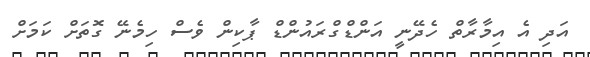
އަދި އެ އިމާރާތް ހެދޭނީ އަންޑްގްރައުންޑް ޕާކިން ވެސް ހިމެނޭ ގޮތަށް ކަމަށް